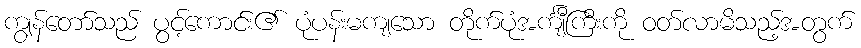
ကျွန်တော်သည် ပွင့်ကောင်း၏ ပုံပန်းမကျသော တိုက်ပုံအင်္ကျီကြီးကို ဝတ်လာမိသည့်အတွက်